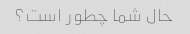
حال شما چطور است؟